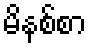
မိနစ်စာ